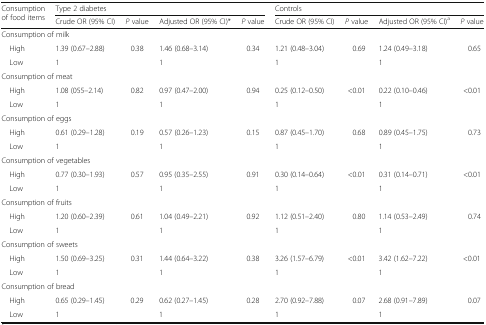
<table><thead><tr><td rowspan="2"><b>Consumption of food items</b></td><td colspan="4"><b>Type 2 diabetes</b></td><td colspan="4"><b>Controls</b></td></tr><tr><td><b>Crude OR (95% CI)</b></td><td><b><i>P</i> value</b></td><td><b>Adjusted OR (95% CI)*</b></td><td><b><i>P</i> value</b></td><td><b>Crude OR (95% CI)</b></td><td><b><i>P</i> value</b></td><td><b>Adjusted OR (95% CI)<sup>a</sup></b></td><td><b><i>P</i> value</b></td></tr></thead><tbody><tr><td colspan="9">Consumption of milk</td></tr><tr><td> High</td><td>1.39 (0.67–2.88)</td><td>0.38</td><td>1.46 (0.68–3.14)</td><td>0.34</td><td>1.21 (0.48–3.04)</td><td>0.69</td><td>1.24 (0.49–3.18)</td><td>0.65</td></tr><tr><td> Low</td><td>1</td><td></td><td>1</td><td></td><td>1</td><td></td><td>1</td><td></td></tr><tr><td colspan="9">Consumption of meat</td></tr><tr><td> High</td><td>1.08 (055–2.14)</td><td>0.82</td><td>0.97 (0.47–2.00)</td><td>0.94</td><td>0.25 (0.12–0.50)</td><td>&lt;0.01</td><td>0.22 (0.10–0.46)</td><td>&lt;0.01</td></tr><tr><td> Low</td><td>1</td><td></td><td>1</td><td></td><td>1</td><td></td><td>1</td><td></td></tr><tr><td colspan="9">Consumption of eggs</td></tr><tr><td> High</td><td>0.61 (0.29–1.28)</td><td>0.19</td><td>0.57 (0.26–1.23)</td><td>0.15</td><td>0.87 (0.45–1.70)</td><td>0.68</td><td>0.89 (0.45–1.75)</td><td>0.73</td></tr><tr><td> Low</td><td>1</td><td></td><td>1</td><td></td><td>1</td><td></td><td>1</td><td></td></tr><tr><td colspan="9">Consumption of vegetables</td></tr><tr><td> High</td><td>0.77 (0.30–1.93)</td><td>0.57</td><td>0.95 (0.35–2.55)</td><td>0.91</td><td>0.30 (0.14–0.64)</td><td>&lt;0.01</td><td>0.31 (0.14–0.71)</td><td>&lt;0.01</td></tr><tr><td> Low</td><td>1</td><td></td><td>1</td><td></td><td>1</td><td></td><td>1</td><td></td></tr><tr><td colspan="9">Consumption of fruits</td></tr><tr><td> High</td><td>1.20 (0.60–2.39)</td><td>0.61</td><td>1.04 (0.49–2.21)</td><td>0.92</td><td>1.12 (0.51–2.40)</td><td>0.80</td><td>1.14 (0.53–2.49)</td><td>0.74</td></tr><tr><td> Low</td><td>1</td><td></td><td>1</td><td></td><td>1</td><td></td><td>1</td><td></td></tr><tr><td colspan="9">Consumption of sweets</td></tr><tr><td> High</td><td>1.50 (0.69–3.25)</td><td>0.31</td><td>1.44 (0.64–3.22)</td><td>0.38</td><td>3.26 (1.57–6.79)</td><td>&lt;0.01</td><td>3.42 (1.62–7.22)</td><td>&lt;0.01</td></tr><tr><td> Low</td><td>1</td><td></td><td>1</td><td></td><td>1</td><td></td><td>1</td><td></td></tr><tr><td colspan="9">Consumption of bread</td></tr><tr><td> High</td><td>0.65 (0.29–1.45)</td><td>0.29</td><td>0.62 (0.27–1.45)</td><td>0.28</td><td>2.70 (0.92–7.88)</td><td>0.07</td><td>2.68 (0.91–7.89)</td><td>0.07</td></tr><tr><td> Low</td><td>1</td><td></td><td>1</td><td></td><td>1</td><td></td><td>1</td><td></td></tr></tbody></table>